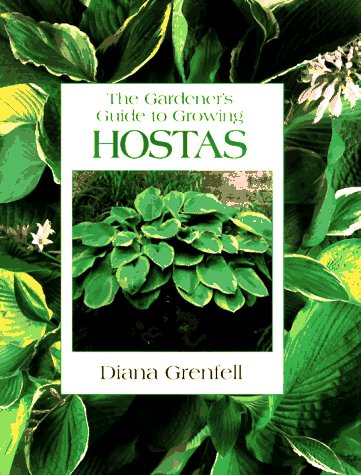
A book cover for The Gardener's Guide to Growing Hostas; Diana Grenfell; Crafts, Hobbies & Home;